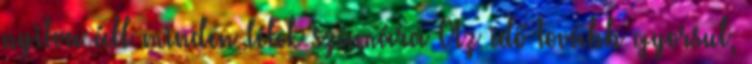
nyitva áll minden lélek számára Az idő tovább gyorsul,